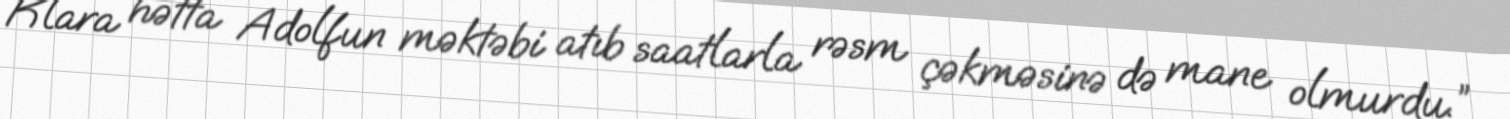
Klara hətta Adolfun məktəbi atıb saatlarla rəsm çəkməsinə də mane olmurdu.”